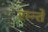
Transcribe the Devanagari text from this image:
रम्न्ते